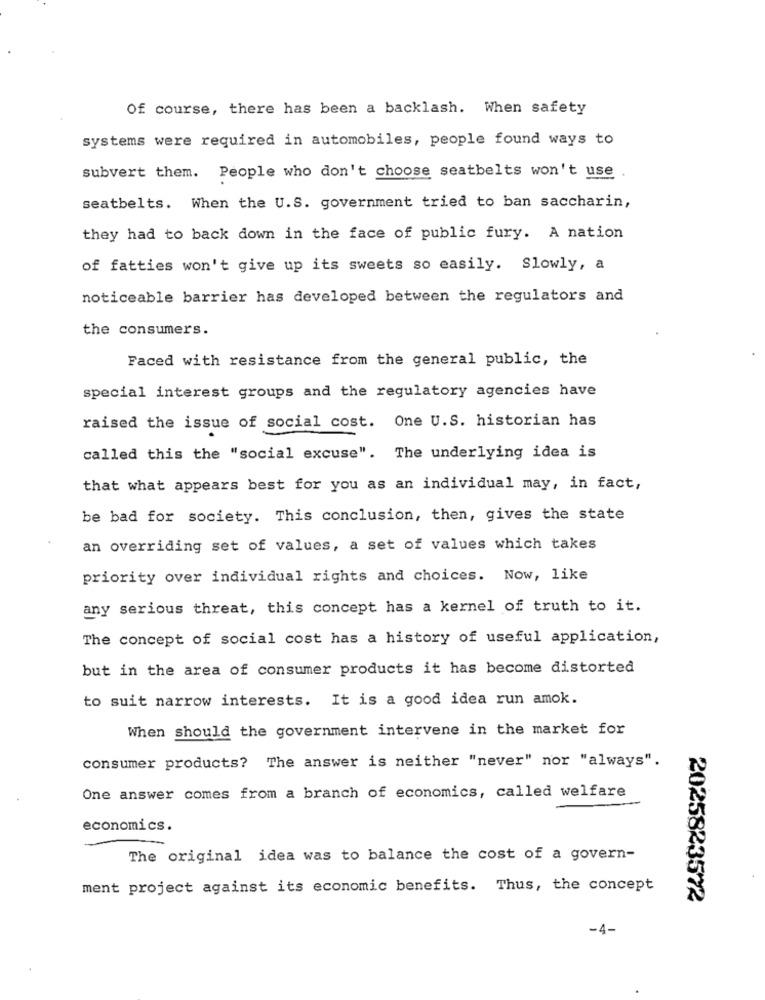
Of course, there has been a backlash. When safety
systems were required in automobiles, people found ways to
subvert them. People who don't choose seatbelts won't use
seatbelts. When the U.S. government tried to ban saccharin,
they had to back down in the face of public fury. A nation
of fatties won't give up its sweets so easily. Slowly, a
noticeable barrier has developed between the regulators and
the consumers.
Faced with resistance from the general public, the
special interest groups and the regulatory agencies have
raised the issue of social cost. One U.S. historian has
called this the "social excuse". The underlying idea is
that what appears best for you as an individual may, in fact,
be bad for society. This conclusion, then, gives the state
an overriding set of values, a set of values which takes
priority over individual rights and choices. Now, like
any serious threat, this concept has a kernel of truth to it.
The concept of social cost has a history of useful application,
but in the area of consumer products it has become distorted
to suit narrow interests. It is a good idea run amok.
When should the government intervene in the market for
consumer products? The answer is neither "never" nor "always".
One answer comes from a branch of economics, called welfare
economics.
The original idea was to balance the cost of a govern-
ment project against its economic benefits. Thus, the concept
2025823572
-4-